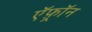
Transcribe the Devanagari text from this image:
ऍफ़्रॉन